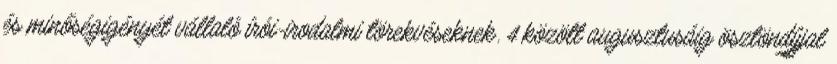
és minőségigényét vállaló írói-irodalmi törekvéseknek. 4 között augusztusáig ösztöndíjjal